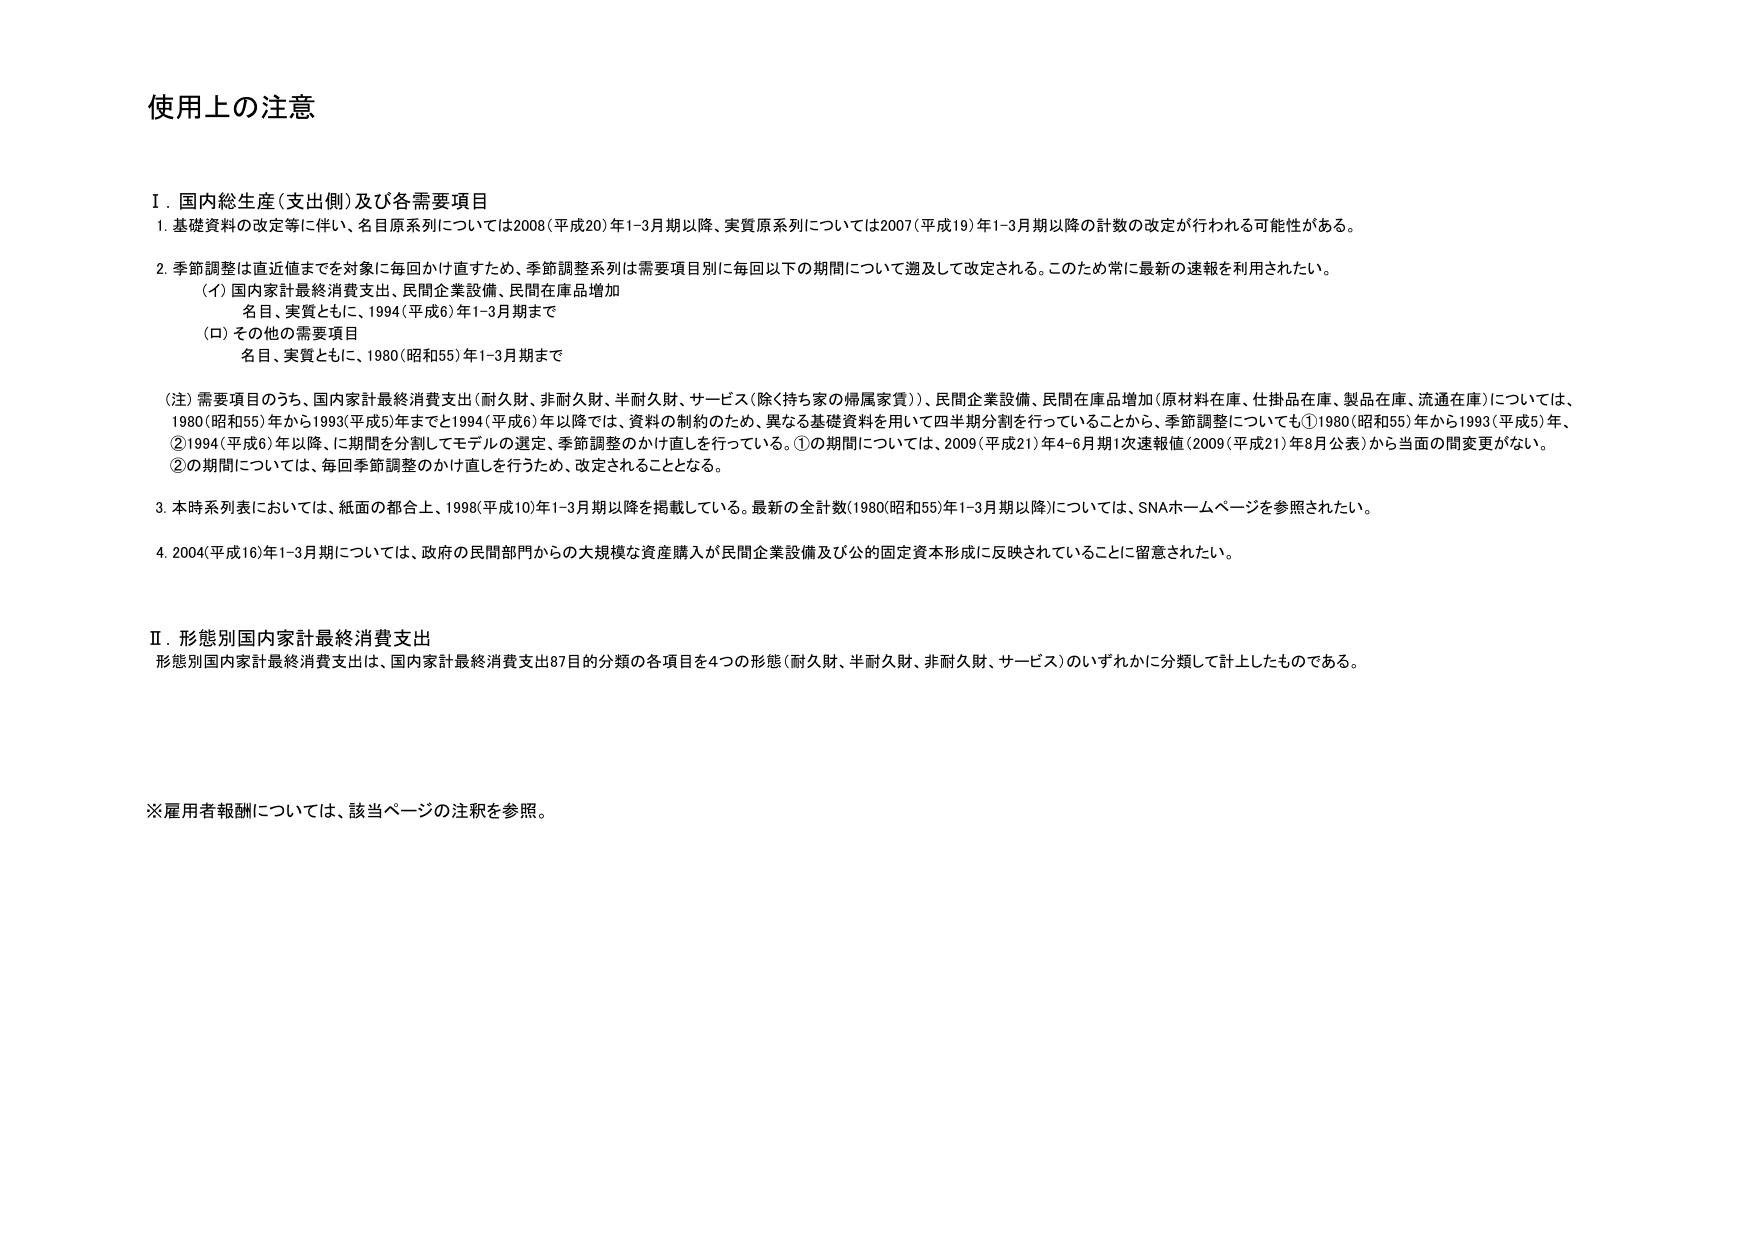
使用上の注意

Ⅰ．国内総生産（支出側）及び各需要項目
1．基礎資料の改定等に伴い、名目原系列については2008（平成20）年1-3月期以降、実質原系列については2007（平成19）年1-3月期以降の計数の改定が行われる可能性がある。
2．季節調整は直近値までを対象に毎回かけ直すため、季節調整系列は需要項目別に毎回以下の期間について遡及して改定される。このため常に最新の速報を利用されたい。
　（イ）国内家計最終消費支出、民間企業設備、民間在庫品増加
　　　名目、実質ともに、1994（平成6）年1-3月期まで
　（ロ）その他の需要項目
　　　名目、実質ともに、1980（昭和55）年1-3月期まで
（注）需要項目のうち、国内家計最終消費支出（耐久財、非耐久財、半耐久財、サービス（除く持ち家の帰属家賃））、民間企業設備、民間在庫品増加（原材料在庫、仕掛品在庫、製品在庫、流通在庫）については、1980（昭和55）年から1993（平成5）年までと1994（平成6）年以降では、資料の制約のため、異なる基礎資料を用いて四半期分割を行っていることから、季節調整についても①1980（昭和55）年から1993（平成5）年、②1994（平成6）年以降、に期間を分割してモデルの選定、季節調整のかけ直しを行っている。①の期間については、2009（平成21）年4-6月期1次速報値（2009（平成21）年8月公表）から当面の間変更がない。②の期間については、毎回季節調整のかけ直しを行うため、改定されることとなる。
3．本時系列表においては、紙面の都合上、1998（平成10）年1-3月期以降を掲載している。最新の全計数（1980（昭和55）年1-3月期以降）については、SNAホームページを参照されたい。
4．2004（平成16）年1-3月期については、政府の民間部門からの大規模な資産購入が民間企業設備及び公的固定資本形成に反映されていることに留意されたい。

Ⅱ．形態別国内家計最終消費支出
形態別国内家計最終消費支出は、国内家計最終消費支出87目的分類の各項目を4つの形態（耐久財、半耐久財、非耐久財、サービス）のいずれかに分類して計上したものである。

※雇用者報酬については、該当ページの注釈を参照。